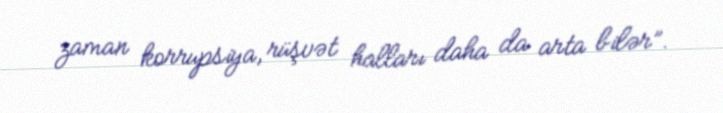
zaman korrupsiya, rüşvət halları daha da arta bilər”.